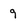
Character: 9